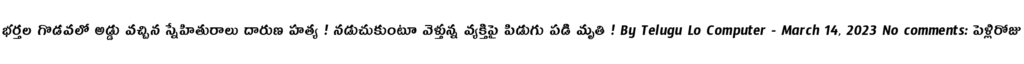
భర్తల గొడవలో అడ్డు వచ్చిన స్నేహితురాలు దారుణ హత్య ! నడుచుకుంటూ వెళ్తున్న వ్యక్తిపై పిడుగు పడి మృతి ! By Telugu Lo Computer - March 14, 2023 No comments: పెళ్లిరోజు